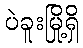
ပဲခူးမြို့ရှိ